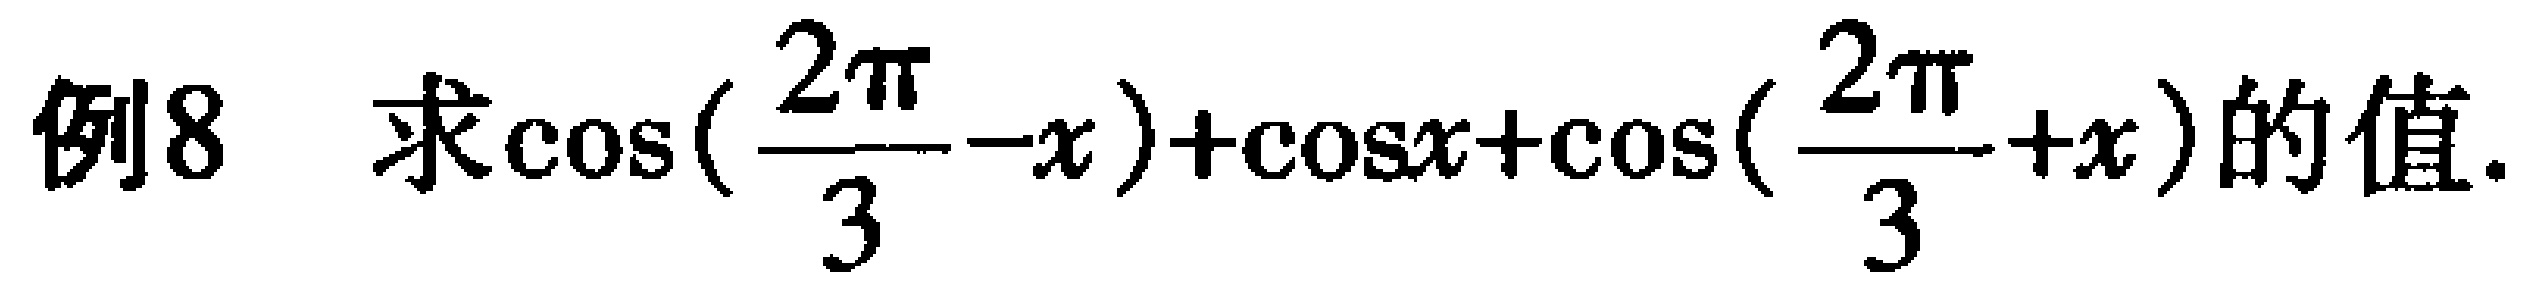
例8 求\(\cos(\frac{2\pi}{3}-x)+\cos x+\cos(\frac{2\pi}{3}+x)\)的值.